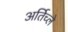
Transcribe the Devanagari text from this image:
अर्तिच्ले